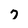
Character: 7